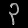
Digit: ၃